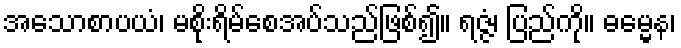
အသောစာပယံ၊ မစိုးရိမ်စေအပ်သည်ဖြစ်၍။ ရဇ္ဇံ၊ ပြည်ကို။ ဓမ္မေန၊